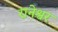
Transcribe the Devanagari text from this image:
रानेश्वर